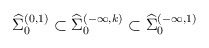
\begin{align*}{\widehat \Sigma}_{0}^{(0, 1)}\subset {\widehat \Sigma}_{0}^{(-\infty, k)}\subset {\widehat \Sigma}_{0}^{(-\infty, 1)}\end{align*}